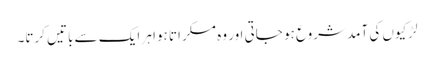
لڑکیوں کی آمد شروع ہو جاتی اور وہ مسکراتا ہوا ہر ایک سے باتیں کرتا۔